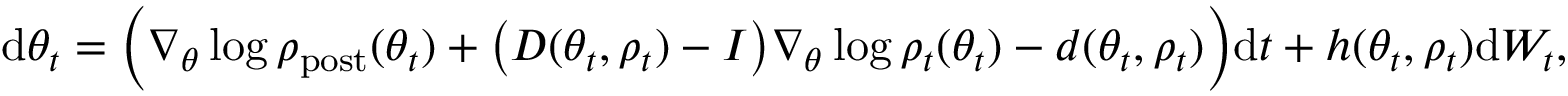
\begin{array} { r } { \mathrm { d } \theta _ { t } = \Bigl ( \nabla _ { \theta } \log \rho _ { \mathrm { p o s t } } ( \theta _ { t } ) + \bigl ( D ( \theta _ { t } , \rho _ { t } ) - I \bigr ) \nabla _ { \theta } \log \rho _ { t } ( \theta _ { t } ) - d ( \theta _ { t } , \rho _ { t } ) \Bigr ) \mathrm { d } t + h ( \theta _ { t } , \rho _ { t } ) \mathrm { d } W _ { t } , } \end{array}